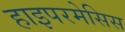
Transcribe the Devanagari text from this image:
हाइपरमेसिस